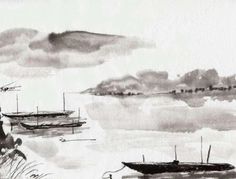
移舟泊烟渚，日暮客愁新。